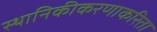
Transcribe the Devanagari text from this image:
स्थानिकीकरणाकरिता